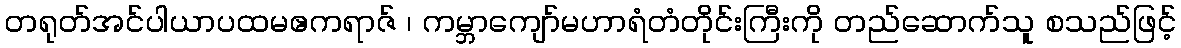
တရုတ်အင်ပါယာပထမဧကရာဇ် ၊ ကမ္ဘာကျော်မဟာရံတံတိုင်းကြီးကို တည်ဆောက်သူ စသည်ဖြင့်